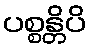
ပစ္စန္တိပိ